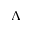
\Lambda